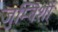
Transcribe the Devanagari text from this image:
जुम्बिशों